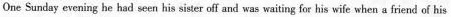
One Sunday evening he had seen his siser off and was waiting for his wife when a friend of his